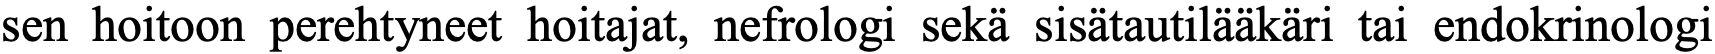
sen hoitoon perehtyneet hoitajat, nefrologi sekä sisätautilääkäri tai endokrinologi